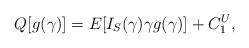
LaTeX: \begin{align*}Q[g(\gamma)] = E[I_S(\gamma )\gamma g(\gamma)] + C_1^U,\end{align*}